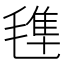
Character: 𣯍